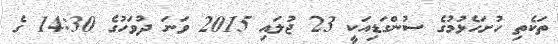
ތަކެތި ހުށަހެޅުމުގެ ސުންގަޑިއަކީ 23 ޖުލައި 2015 ވަނަ ދުވަހުގެ 14:30 ގެ